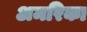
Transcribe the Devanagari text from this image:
अमरिका